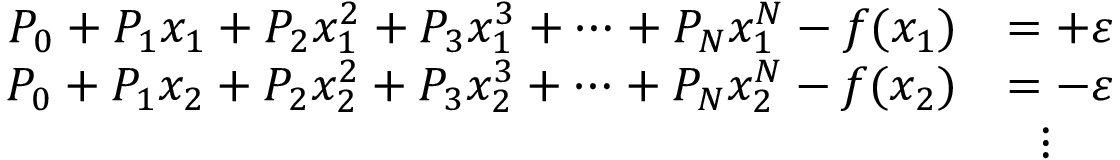
{ \begin{array} { r l } { P _ { 0 } + P _ { 1 } x _ { 1 } + P _ { 2 } x _ { 1 } ^ { 2 } + P _ { 3 } x _ { 1 } ^ { 3 } + \dots + P _ { N } x _ { 1 } ^ { N } - f ( x _ { 1 } ) } & { = + \varepsilon } \\ { P _ { 0 } + P _ { 1 } x _ { 2 } + P _ { 2 } x _ { 2 } ^ { 2 } + P _ { 3 } x _ { 2 } ^ { 3 } + \dots + P _ { N } x _ { 2 } ^ { N } - f ( x _ { 2 } ) } & { = - \varepsilon } \\ & { \ \ \vdots } \end{array} }